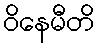
ဝိနေမီတိ